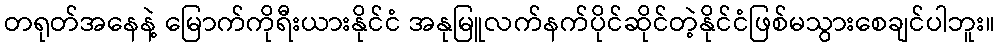
တရုတ်အနေနဲ့ မြောက်ကိုရီးယားနိုင်ငံ အနုမြူလက်နက်ပိုင်ဆိုင်တဲ့နိုင်ငံဖြစ်မသွားစေချင်ပါဘူး။